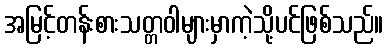
အမြင့်တန်းစားသတ္တဝါများမှာကဲ့သို့ပင်ဖြစ်သည်။